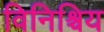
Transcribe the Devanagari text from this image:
विनिश्चिय